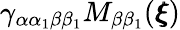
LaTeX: \gamma_{\alpha\alpha_{1}\beta\beta_{1}}M_{\beta\beta_{1}}({\pmb\xi})